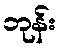
ဘုန်း